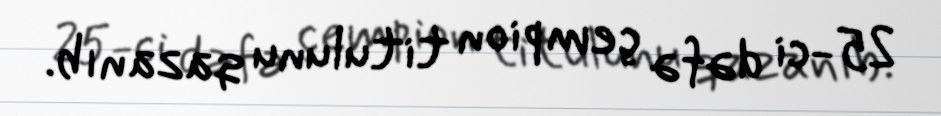
25-ci dəfə çempion titulunu qazanıb.